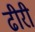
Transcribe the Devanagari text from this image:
ढीरी